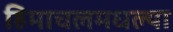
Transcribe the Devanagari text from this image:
हिमाचलमधल्या